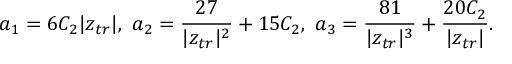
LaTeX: a _ { 1 } = 6 C _ { 2 } | z _ { t r } | \mathrm { , ~ } a _ { 2 } = \frac { 2 7 } { | z _ { t r } | ^ { 2 } } + 1 5 C _ { 2 } \mathrm { , ~ } a _ { 3 } = \frac { 8 1 } { | z _ { t r } | ^ { 3 } } + \frac { 2 0 C _ { 2 } } { | z _ { t r } | } .